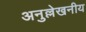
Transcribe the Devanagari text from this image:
अनुल्लेखनीय